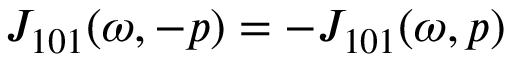
{ \cal J } _ { 1 0 1 } ( \omega , - p ) = - { \cal J } _ { 1 0 1 } ( \omega , p )